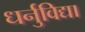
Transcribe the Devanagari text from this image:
धर्नुविद्या